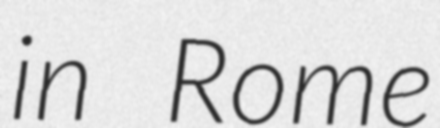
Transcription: in Rome